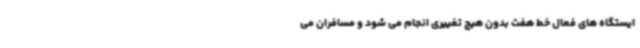
ایستگاه های فعال خط هفت بدون هیچ تغییری انجام می شود و مسافران می